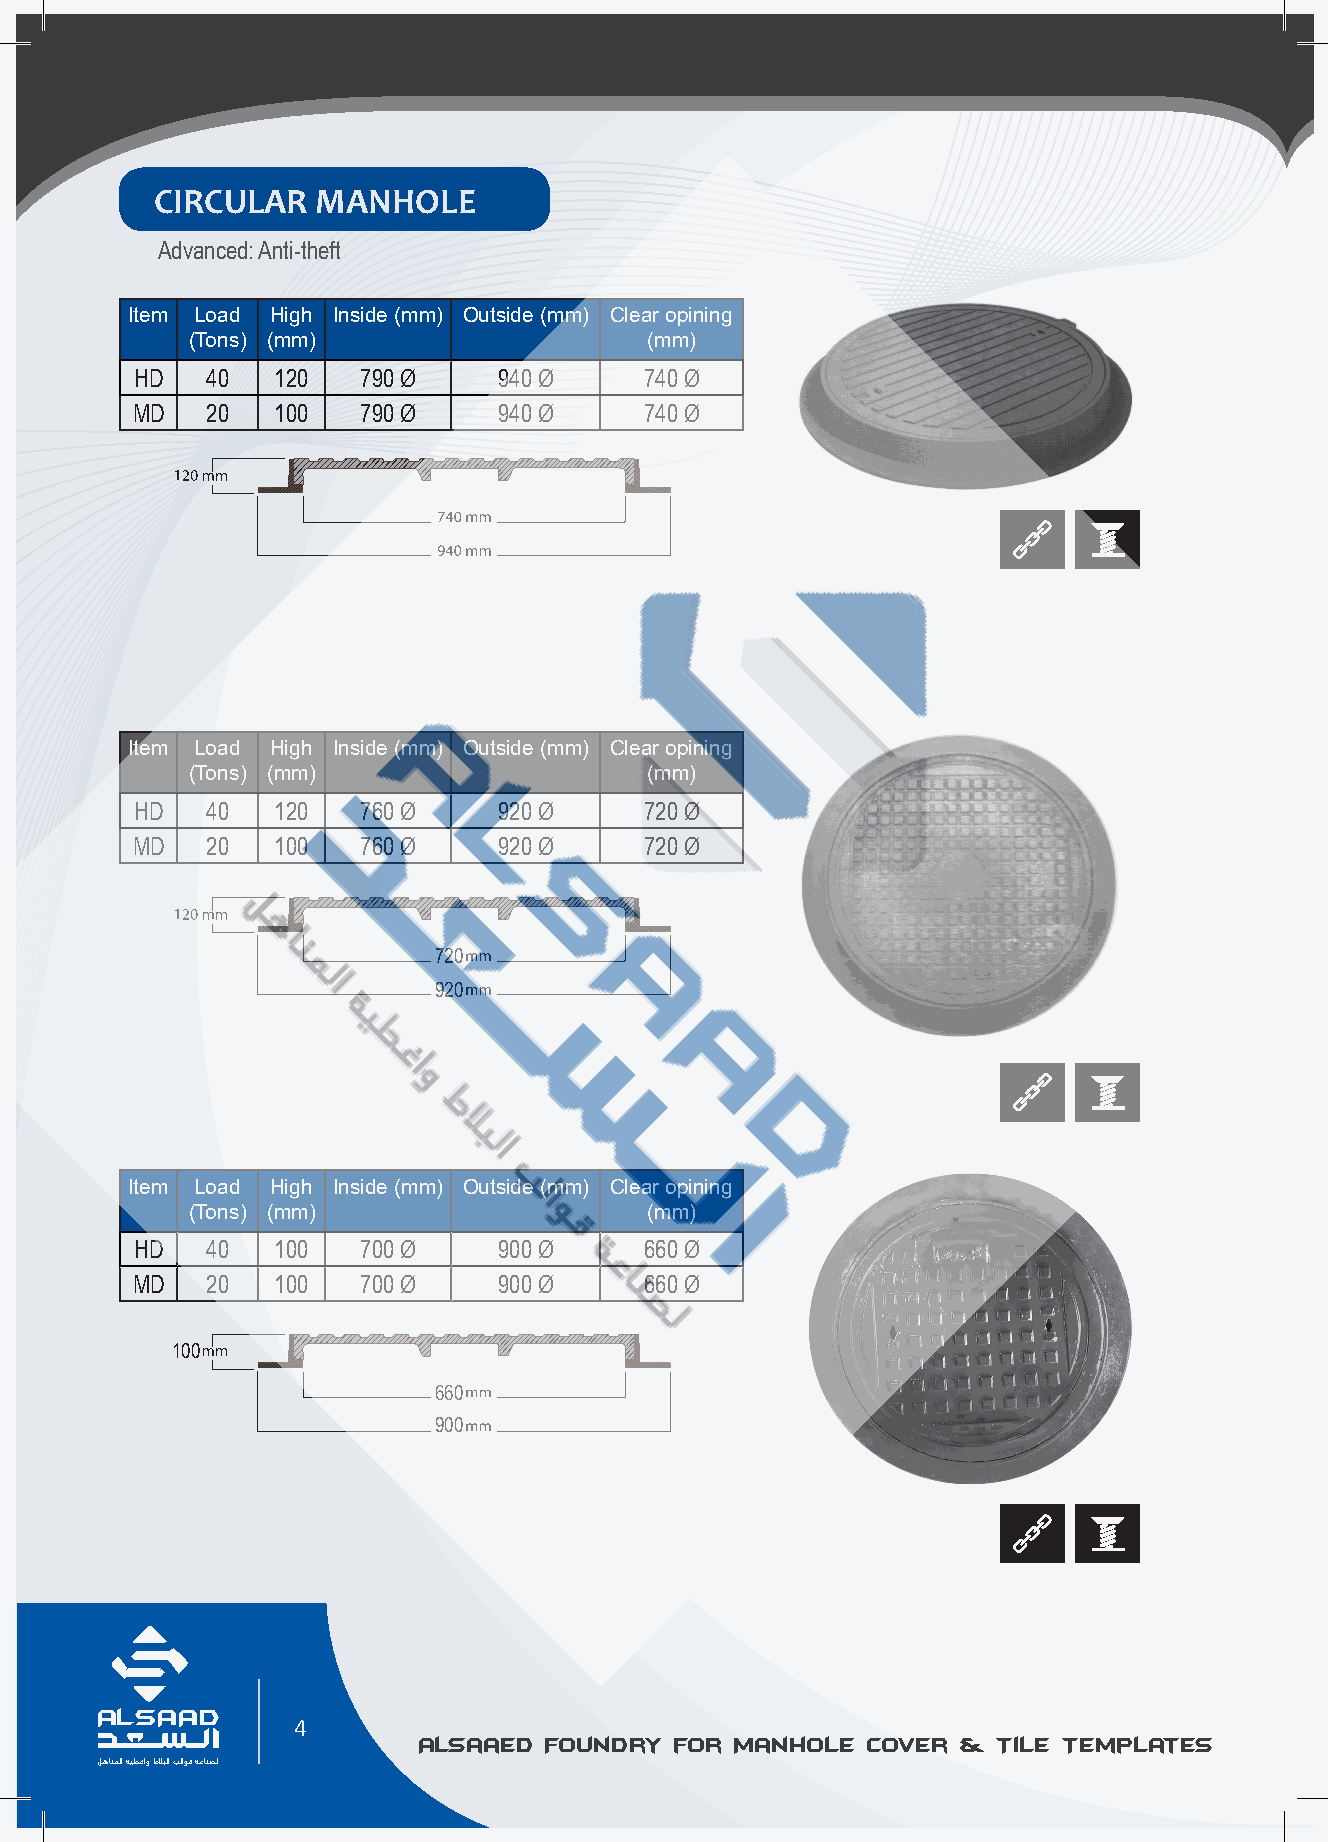
CIRCULAR   MANHOLE
 Advanced: Anti-theft
 Item Load High Inside (mm) Outside (mm) Clear opining
 (Tons) (mm)                    (mm)
 HD   40  120   790 Ø    940 Ø     740 Ø
 MD   20  100   790 Ø    940 Ø     740 Ø
 Item Load High Inside (mm) Outside (mm) Clear opining
 (Tons) (mm)                    (mm)
 HD   40  120   760 Ø    920 Ø     720 Ø
 MD   20  100   760 Ø    920 Ø     720 Ø
 720
 920
 Item Load High Inside (mm) Outside (mm) Clear opining
 (Tons) (mm)                    (mm)
 HD   40  100   700 Ø    900 Ø     660 Ø
 MD   20  100   700 Ø    900 Ø     660 Ø
 100
 660
 900
 AL SAAD                                                                                                                                               AL SAAD
 4
 Alsaaed Foundry  for Manhole Cover  & Tile Templates          Alsaaed  Foundry for Manhole  Cover & Tile Templates
 ﻞﻫﺎﻨﻤﻟا ﺔﻴﻄﻏاو طﻼﺒﻟا ﺐﻟاﻮﻗ ﺔﻋﺎﻨﺼﻟ                                                                                                                     ﻞﻫﺎﻨﻤﻟا ﺔﻴﻄﻏاو طﻼﺒﻟا ﺐﻟاﻮﻗ ﺔﻋﺎﻨﺼﻟ